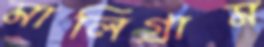
মালিগ্রাম